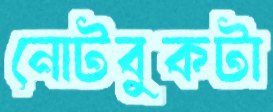
নোটবুকটা